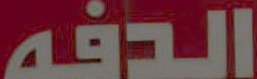
الدفه